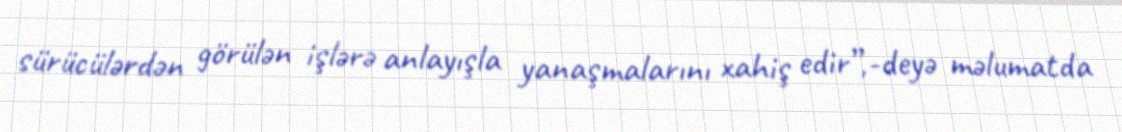
sürücülərdən görülən işlərə anlayışla yanaşmalarını xahiş edir”,-deyə məlumatda